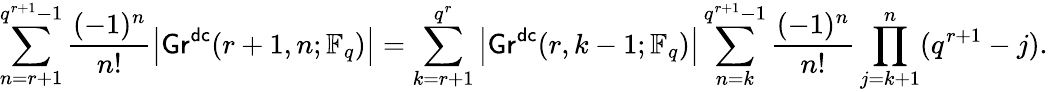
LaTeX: \sum_{n=r+1}^{q^{r+1}-1}\frac{(-1)^{n}}{n!}\left|\mathsf{Gr}^{\mathsf{dc}}(r+1,n;\mathbb{F}_{q})\right|=\sum_{k=r+1}^{q^{r}}\left|\mathsf{Gr}^{\mathsf{dc}}(r,k-1;\mathbb{F}_{q})\right|\sum_{n=k}^{q^{r+1}-1}\frac{(-1)^{n}}{n!}\prod_{j=k+1}^{n}(q^{r+1}-j).